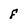
Character: f